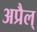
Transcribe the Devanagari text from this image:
अप्रैल्